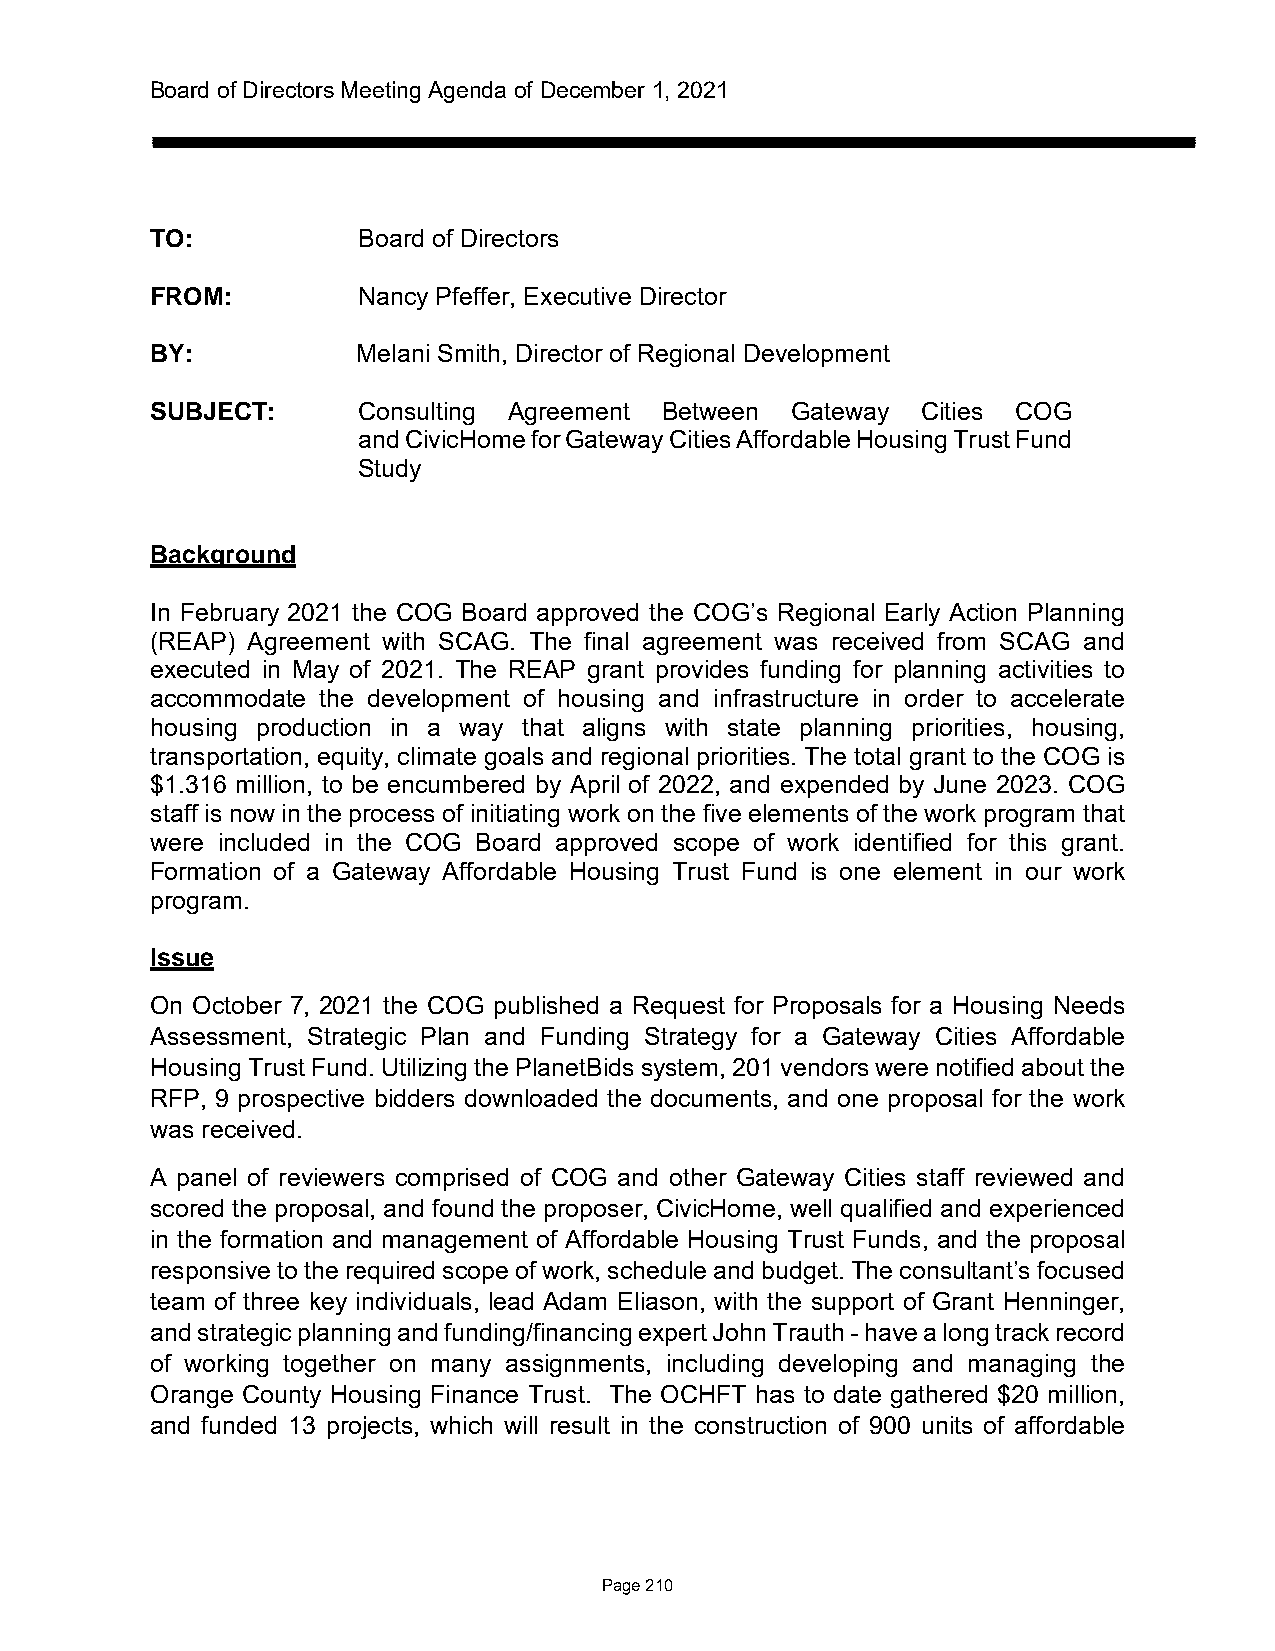
Board of Directors Meeting Agenda of December 1, 2021
 TO:           Board of Directors
 FROM:         Nancy Pfeffer, Executive Director
 BY:           Melani Smith, Director of Regional Development
 SUBJECT:      Consulting Agreement Between Gateway Cities COG
 and CivicHome for Gateway Cities Affordable Housing Trust Fund
 Study
 Background
 In February 2021 the COG Board approved the COG’s Regional Early Action Planning
 (REAP) Agreement with SCAG. The final agreement was received from SCAG and
 executed in May of 2021. The REAP grant provides funding for planning activities to
 accommodate the development of housing and infrastructure in order to accelerate
 housing production in a way that aligns with state planning priorities, housing,
 transportation, equity, climate goals and regional priorities. The total grant to the COG is
 $1.316 million, to be encumbered by April of 2022, and expended by June 2023. COG
 staff is now in the process of initiating work on the five elements of the work program that
 were included in the COG Board approved scope of work identified for this grant.
 Formation of a Gateway Affordable Housing Trust Fund is one element in our work
 program.
 Issue
 On October 7, 2021 the COG published a Request for Proposals for a Housing Needs
 Assessment, Strategic Plan and Funding Strategy for a Gateway Cities Affordable
 Housing Trust Fund. Utilizing the PlanetBids system, 201 vendors were notified about the
 RFP, 9 prospective bidders downloaded the documents, and one proposal for the work
 was received.
 A panel of reviewers comprised of COG and other Gateway Cities staff reviewed and
 scored the proposal, and found the proposer, CivicHome, well qualified and experienced
 in the formation and management of Affordable Housing Trust Funds, and the proposal
 responsive to the required scope of work, schedule and budget. The consultant’s focused
 team of three key individuals, lead Adam Eliason, with the support of Grant Henninger,
 and strategic planning and funding/financing expert John Trauth - have a long track record
 of working together on many assignments, including developing and managing the
 Orange County Housing Finance Trust. The OCHFT has to date gathered $20 million,
 and funded 13 projects, which will result in the construction of 900 units of affordable
 Page 210